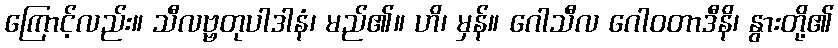
ကြောင့်လည်း။ သီလဗ္ဗတုပါဒါနံ၊ မည်၏။ ဟိ၊ မှန်။ ဂေါသီလ ဂေါဝတာဒီနိ၊ နွားတို့၏